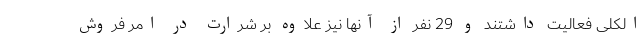
الکلی فعالیت داشتند و 29 نفر از آنها نیز علاوه بر شرارت در امر فروش